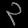
Digit: ၃